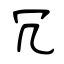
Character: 冗